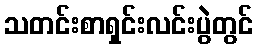
သတင်းစာရှင်းလင်းပွဲတွင်